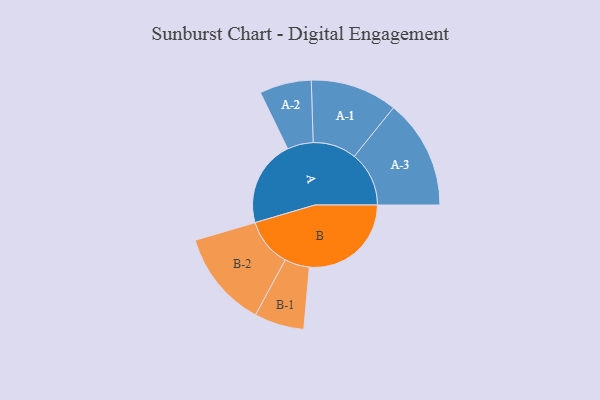
{"axis": {"x": "Segment", "y": "Value"}, "legend": ["", "A", "B"], "data": [{"x": "A", "y": 422, "type": ""}, {"x": "B", "y": 499, "type": ""}, {"x": "A-1", "y": 213, "type": "A"}, {"x": "A-2", "y": 127, "type": "A"}, {"x": "A-3", "y": 268, "type": "A"}, {"x": "B-1", "y": 122, "type": "B"}, {"x": "B-2", "y": 237, "type": "B"}]}